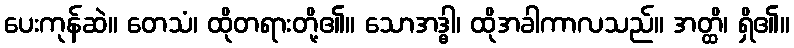
ပေးကုန်ဆဲ။ တေသံ၊ ထိုတရားတို့၏။ သောအဒ္ဓါ၊ ထိုအခါကာလသည်။ အတ္ထိ၊ ရှိ၏။